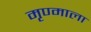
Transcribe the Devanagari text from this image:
मृण्माला